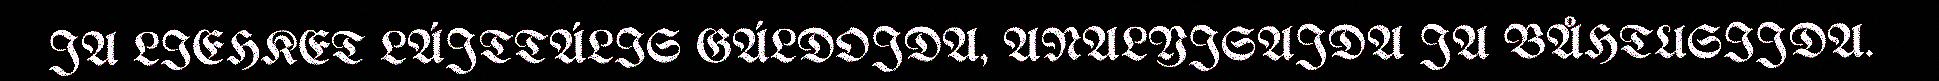
JA LIEHKET LÁJTTÁLIS GÁLDOJDA, ANALYJSAJDA JA BÅHTUSIJDA.